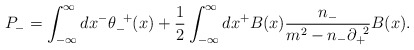
\begin{align*}P_-=\int^{\infty}_{-{\infty}}dx^- {\theta}_-^{\;\;+}(x) +\frac{1}{2}\int^{\infty}_{-{\infty}}dx^+ B(x)\frac{n_-}{m^2-n_-{\partial}_+^{\;\;2}}B(x). \end{align*}